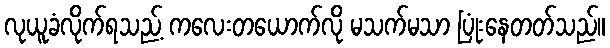
လုယူခံလိုက်ရသည့် ကလေးတယောက်လို မသက်မသာ ပြုံးနေတတ်သည်။